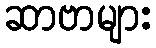
ဆာဗာများ